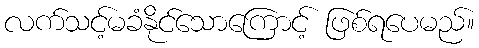
လက်သင့်မခံနိုင်သောကြောင့် ဖြစ်ရပေမည်။